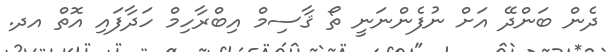
ދެން ބަންދޭ އަށް ނުފެންނަނީ ތޯ ޤާސިމް އިބްރާހިމް ހަދާފައި އޮތް އދ.